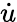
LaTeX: \dot{u}